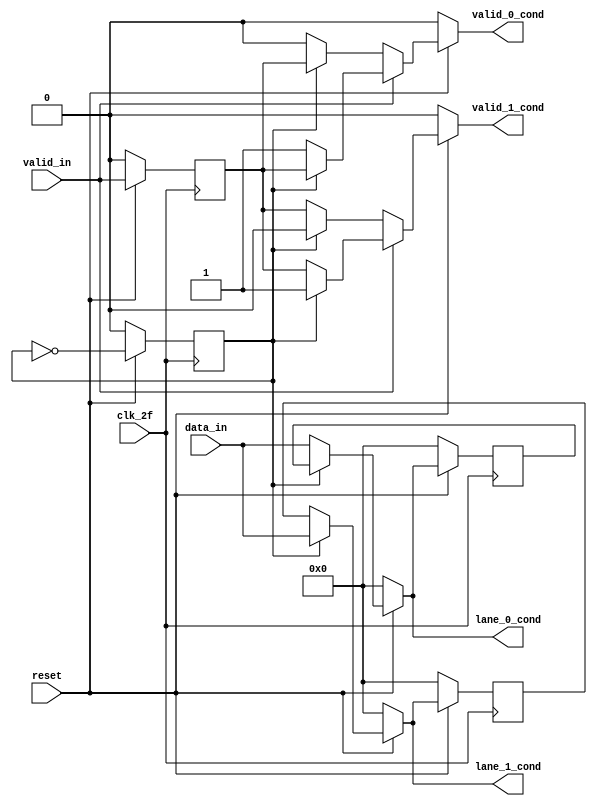
module bs(
    input [7:0]data_in,
    input valid_in,
    input reset,
    input clk_2f,
    output reg [7:0]lane_0_cond,
    output reg valid_0_cond,
    output reg [7:0]lane_1_cond,
    output reg valid_1_cond);

reg selector;
reg validflop;
reg [7:0] l0;
reg [7:0] l1;
reg flag;


always @(*)begin

    
    if(reset==0)begin
        lane_0_cond='b0;
        valid_0_cond='b0;
        lane_1_cond='b0;
        valid_1_cond='b0;
        flag='b0;
    end

    else begin
        if (valid_in==0) begin //datos no validos
            if (selector==0) begin
                lane_0_cond=data_in;
                lane_1_cond=l1;
                valid_0_cond=valid_in;
                valid_1_cond=validflop;
            end 
            else begin
                lane_1_cond=data_in;
                lane_0_cond=l0;
                valid_1_cond=valid_in;
                valid_0_cond=validflop;
            end
        end 

        else begin
            flag='b0;
            if (selector==0) begin
                lane_0_cond=data_in;
                lane_1_cond=l1;
                valid_0_cond=valid_in;
                valid_1_cond=validflop;
            end 
            else begin
                lane_1_cond=data_in;
                lane_0_cond=l0;
                valid_1_cond=valid_in;
                valid_0_cond=validflop;
            end
        end
    end
end

// always @(posedge valid_in)begin
//     selector='b0;
// end

always @(posedge clk_2f)begin
    if(reset==0)begin
        selector<='b0;
        validflop<='b0;
        l0<='b0;
        l1<='b0;
    end
    
    else begin
        validflop<=valid_in;
        l0<=lane_0_cond;
        l1<=lane_1_cond;
        selector<=~selector;
    end
end


endmodule